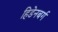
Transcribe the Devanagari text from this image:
हिडेनबर्ग